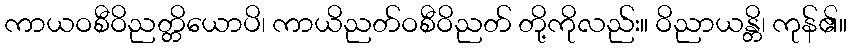
ကာယဝစီဝိညတ္တိယောပိ၊ ကာယိညတ်ဝစီဝိညတ် တို့ကိုလည်း။ ဝိညာယန္တိ၊ ကုန်၏။